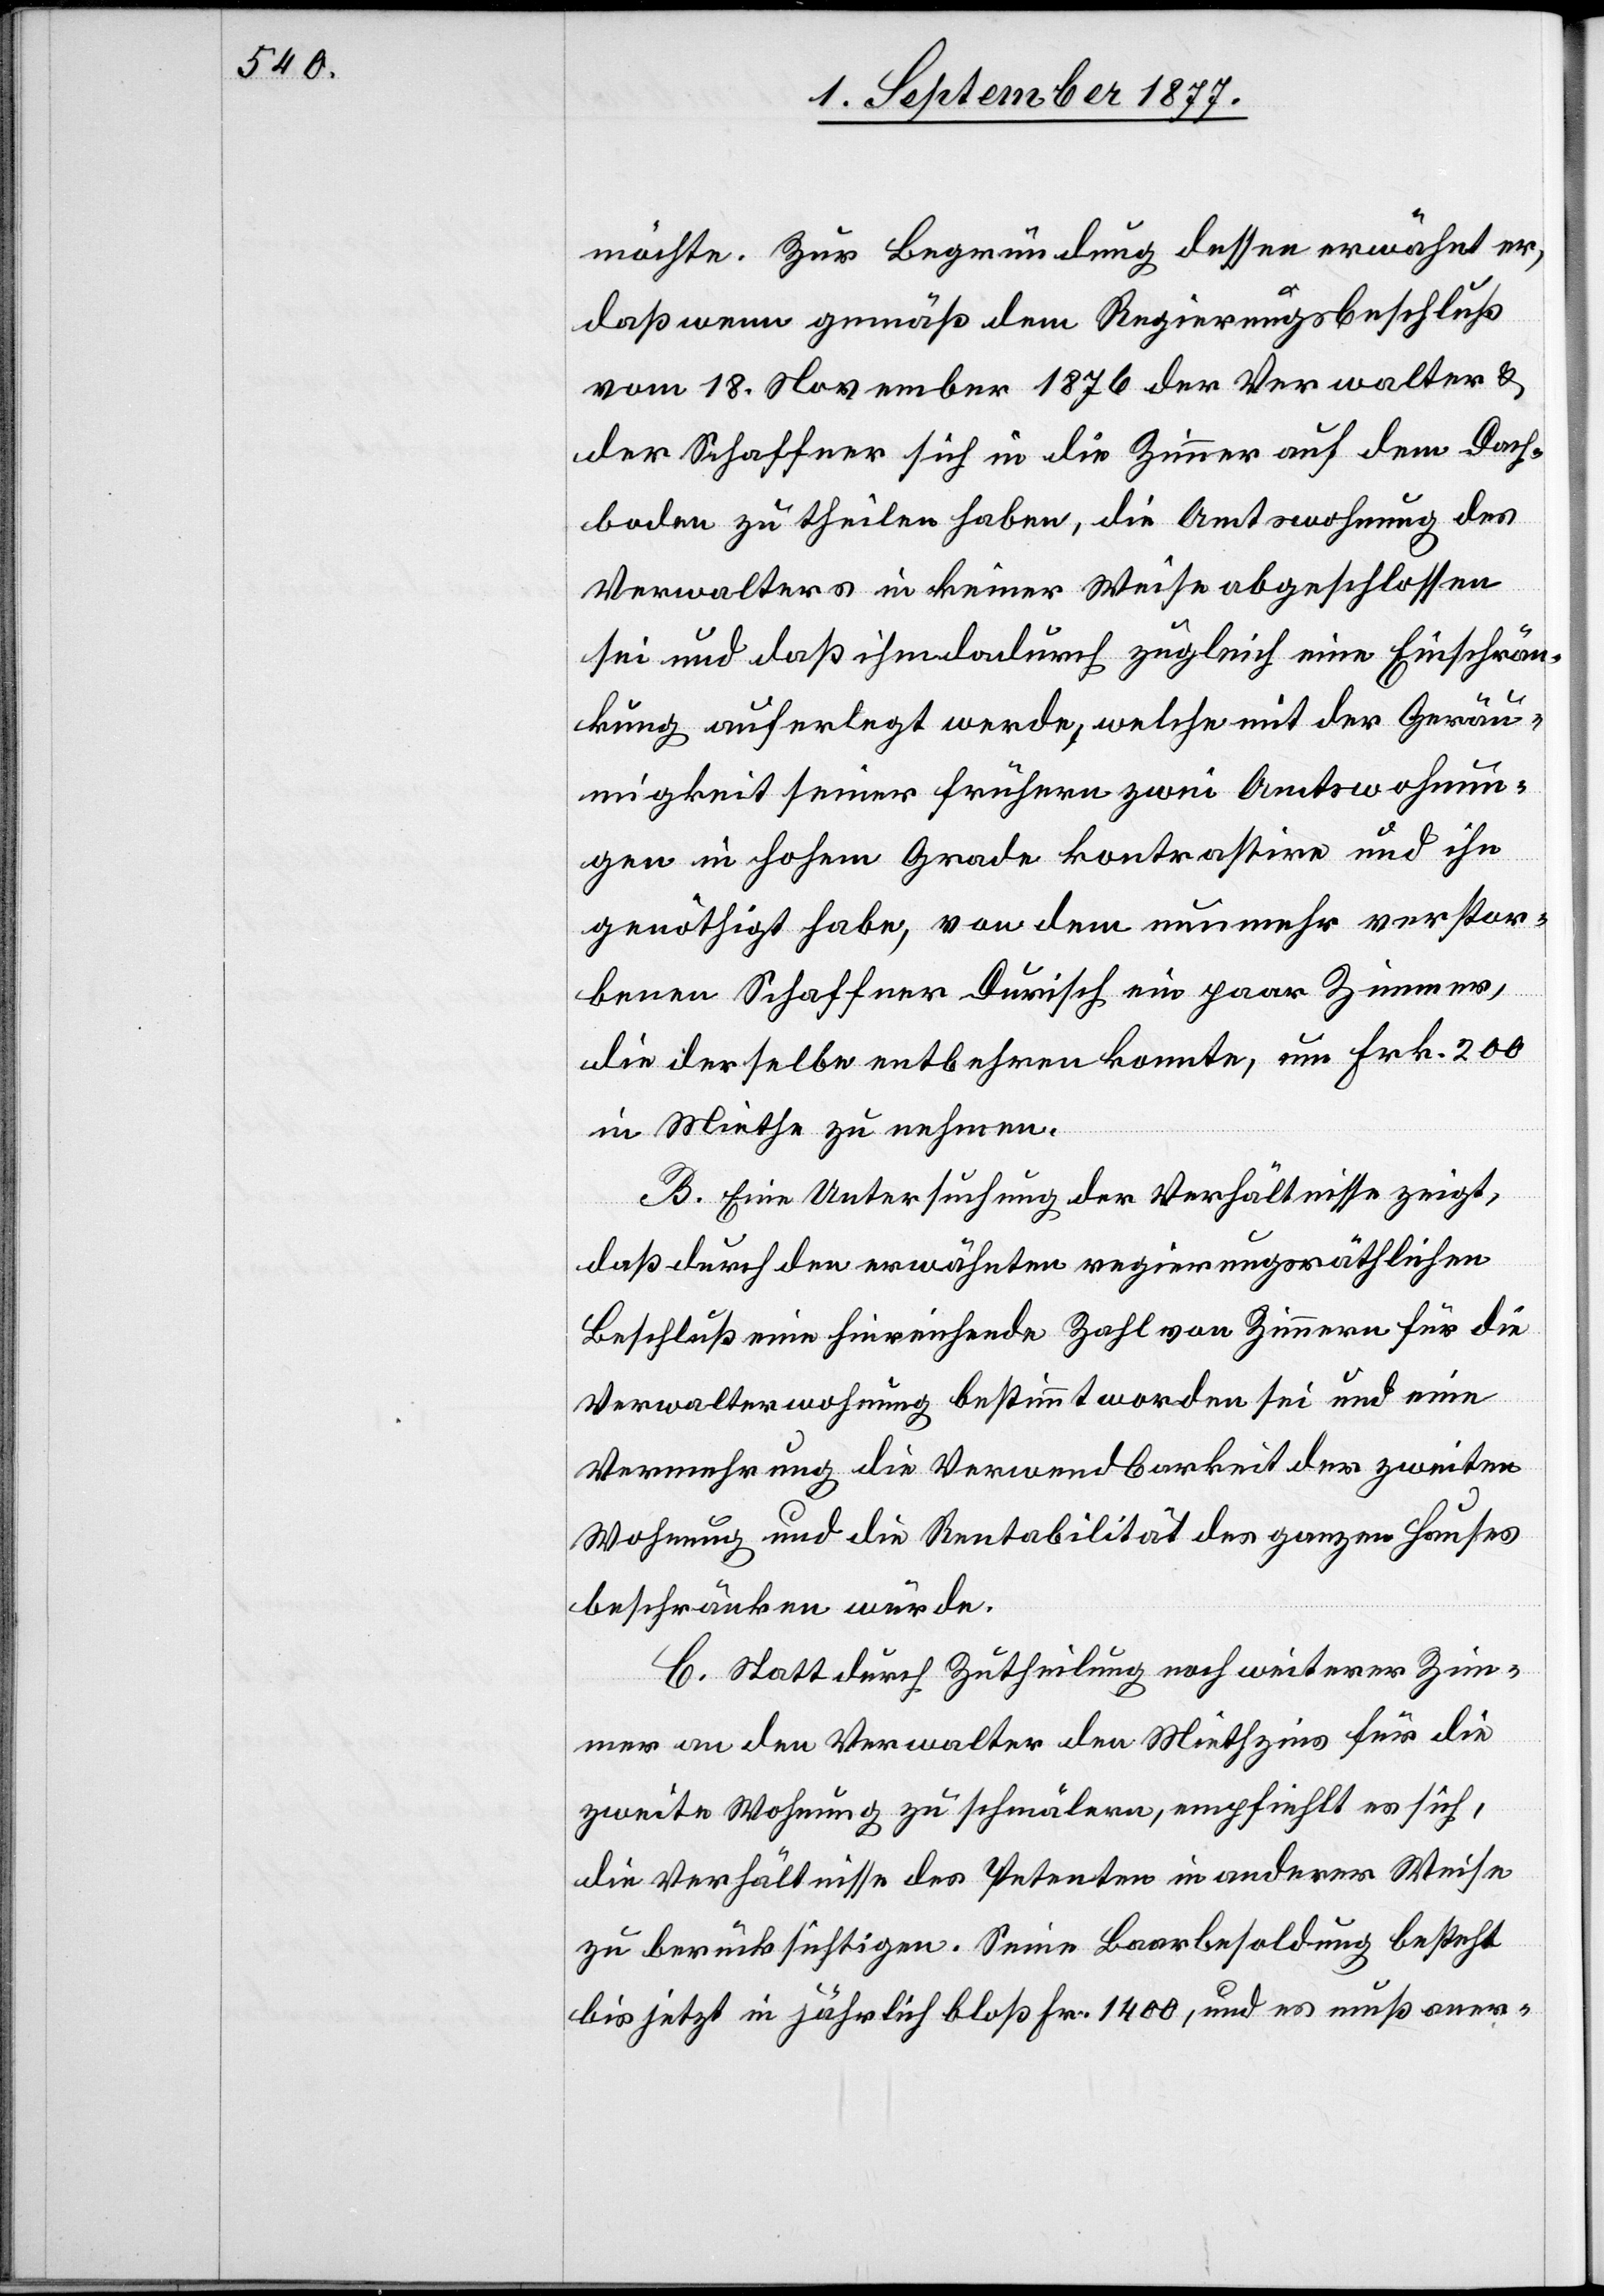
möchte. Zur Begründung dessen erwähnt er,
daß wenn gemäß dem Regierungsbeschluß
vom 18. November 1876 der Verwalter &
der Schaffner sich in die Zimmer auf dem Dach¬
boden zu theilen haben, die Amtswohnung des
Verwalters in keiner Weise abgeschlossen
sei und daß ihm dadurch zugleich eine Einschrän¬
kung auferlegt werde, welche mit der Geräu¬
migkeit seiner frühern zwei Amtswohnun¬
gen in hohem Grade kontrastire und ihn
genöthigt habe, von dem nunmehr verstor¬
benen Schaffner Durisch ein paar Zimmer,
die derselbe entbehren konnte, um Frk. 200
in Miethe zu nehmen.
B. Eine Untersuchung der Verhältnisse zeigt,
daß durch den erwähnten regierungsräthlichen
Beschluß eine hinreichende Zahl von Zimmern für die
Verwalterwohnung bestimmt worden sei und eine
Vermehrung die Verwendbarkeit der zweiten
Wohnung und die Rentabilität des ganzen Hauses
beschränken würde.
C. Statt durch Zutheilung noch weiterer Zim¬
mer an den Verwalter den Miethzins für die
zweite Wohnung zu schmälern, empfiehlt es sich,
die Verhältnisse des Petenten in anderer Weise
zu berücksichtigen. Seine Baarbesoldung besteht
bis jetzt in jährlich bloß Fr. 1400, und es muß aner-